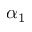
\alpha _ { 1 }